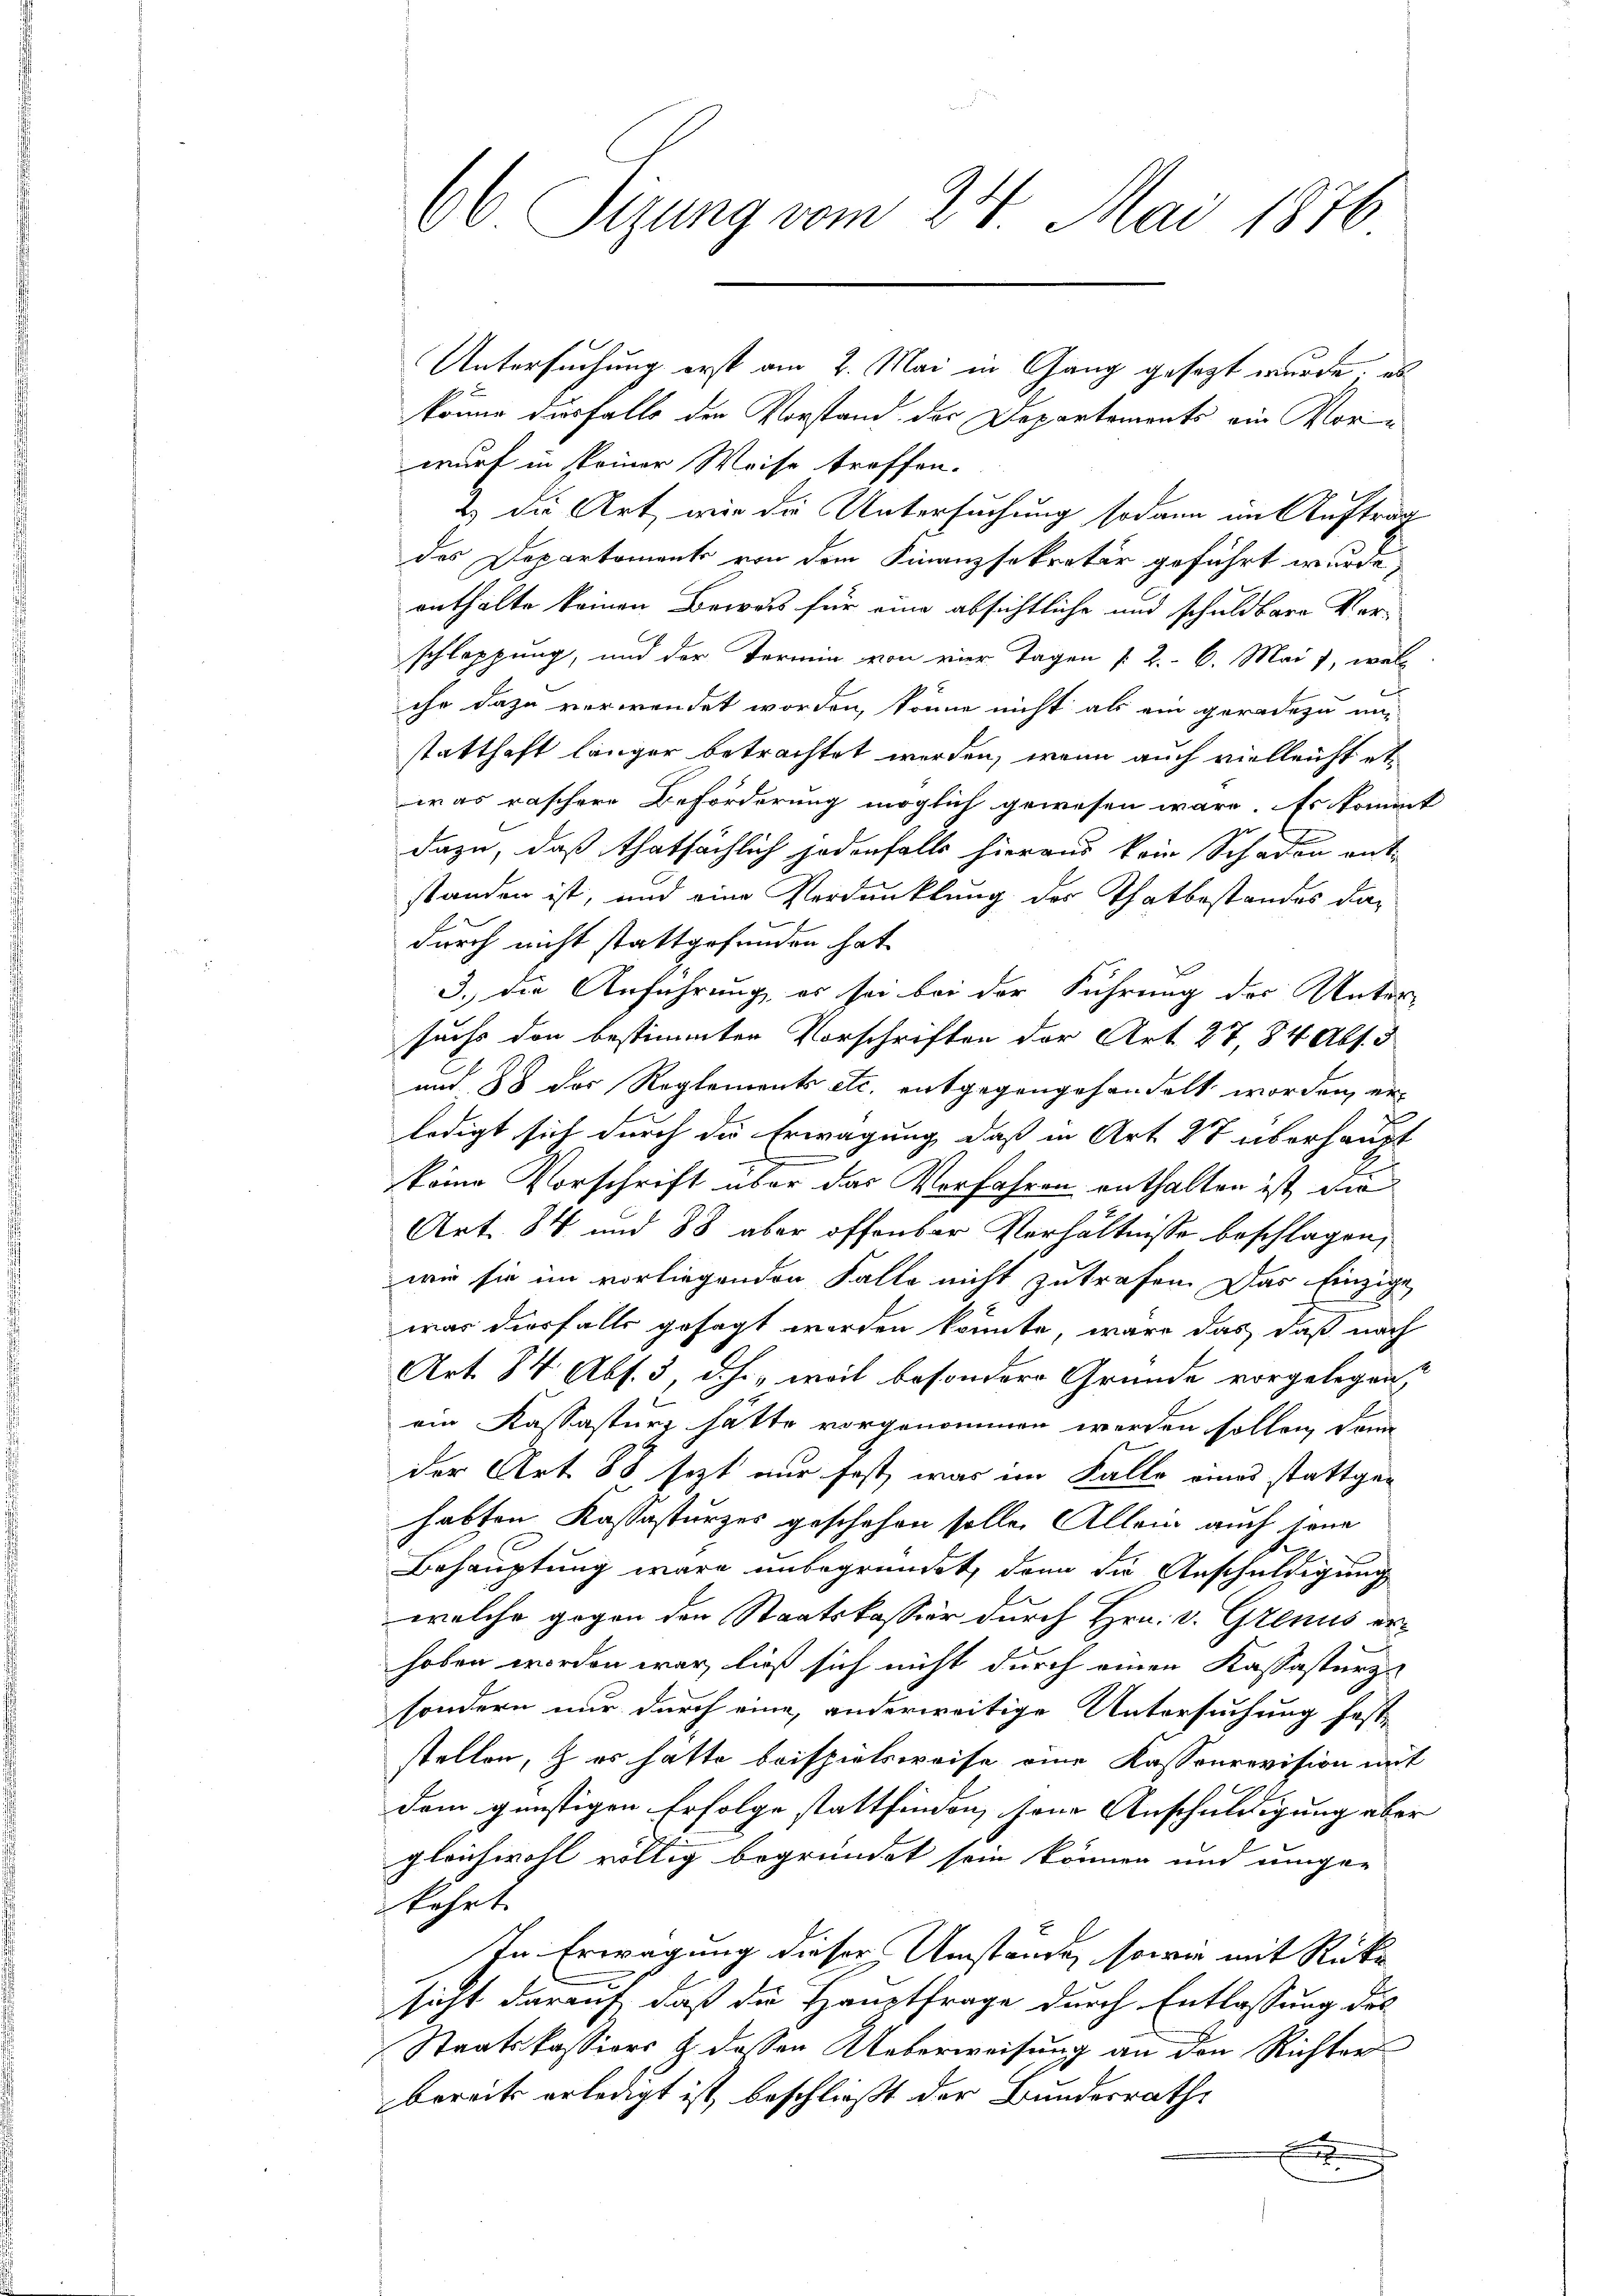
66 Sizung vom 24. Mai 1876

Untersuchung erst am 2. Mai in Gang gesagt wurde; es
könne diesfalls den Vorstand der Departements ein Vorwurf in keiner Weise treffen.
Es die Art, wir die Untersuchung sodann im Auftrag
des Departoment von dem Finanzsekretär geführt wurde
enthalte keinen Bewas für eine absichtliche und schuldbare Verschleppung, und der Termin von vier Tagen [2.- 6. Mai 1, woll
ihr dazu verwendet worden, könne nicht als ein geradezu unstatthaft länger betrachtet werden, wenn auch vielleicht etwas raschere Beförderung möglich gewesen wäre. Es kommt
dazu, daß thatsächlich jedenfalls hieraus kein Schaden entstanden ist, und eine Verdunklung des Thatbestandes dadurch nicht stattgefunden hat.
d
3.) Die Anführung, es sei bei der Führung der Unter-
suchs den bestimmten Vorschriften der Art. 27, 84 Abs. 3
und 88 des Reglements etc. entgegengehandelt worden, er
ledigt sich durch die Erwägung, daß in Art. 27 überhaupt
keine Vorschrift über das Vorfahren enthalten ist, die
Art. 84 und 88 aber offenbar Verhältnisse beschlagen,
wie sie im vorliegenden Falle nicht zutrafen. Das Einzige
war diesfalls gesagt werden könnte, wäre das daß nach
Art. 84 Abs. 3, dhi, weil besondere Gründe vorgelegen?
ein Katasturz hätte vorgenommen werden sollen, dann
der Art. 88 sezt nur fest, was im Falle eines stattgehabten Kassasturzes geschehen solle. Allein auch jene
Behauptung wäre unbegründet, denn die Anschuldigung
welche gegen den Staatskassier durch Hrn. v. Genus erhoben worden war, ließ sich nicht durch einen Kastasters
sondern nur durch eine, anderweitige Untersuchung fest-
stellen, & es hatte beispielsweise eine Kassonrevision mit
dem günstigen Erfolge stattfinden, seine Anschuldigung aber
gleichwohl völlig begründet sein können und umge-
kehrt.
In Erwägung dieser Umstände, sowie mit Rücke
sicht darauf, daß die Hauptfrage durch Entlassung des
Staatskassions & dessen Ueberweisung an den Richter
bereits erledigt ist, beschließt der Bundesrathe